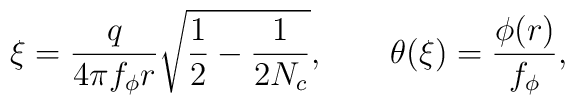
\xi=\frac{q}{4\pi f_\phi r}\sqrt{\frac{1}{2}-\frac{1}{2N_c}}, \qquad\theta(\xi)=\frac{\phi(r)}{f_\phi},